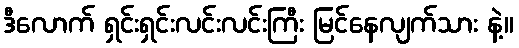
ဒီလောက် ရှင်းရှင်းလင်းလင်းကြီး မြင်နေလျက်သား နဲ့။